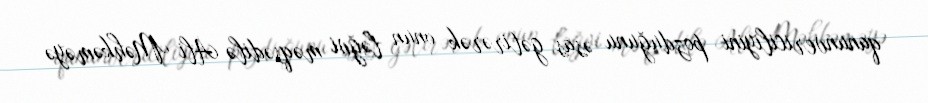
qanunvericiliyini pozduğunu əsas gətirərək onun ləğvi məqsədilə Ali Məhkəməyə